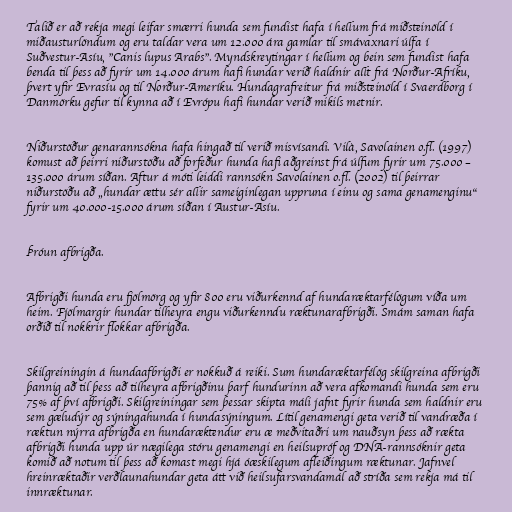
Talið er að rekja megi leifar smærri hunda sem fundist hafa í hellum frá miðsteinöld í
miðausturlöndum og eru taldar vera um 12.000 ára gamlar til smávaxnari úlfa í
Suðvestur-Asíu, "Canis lupus Arabs". Myndskreytingar í hellum og bein sem fundist hafa
benda til þess að fyrir um 14.000 árum hafi hundar verið haldnir allt frá Norður-Afríku,
þvert yfir Evrasíu og til Norður-Ameríku. Hundagrafreitur frá miðsteinöld í Svaerdborg í
Danmörku gefur til kynna að í Evrópu hafi hundar verið mikils metnir.

Niðurstöður genarannsókna hafa hingað til verið misvísandi. Vilà, Savolainen o.fl. (1997)
komust að þeirri niðurstöðu að forfeður hunda hafi aðgreinst frá úlfum fyrir um 75.000 –
135.000 árum síðan. Aftur á móti leiddi rannsókn Savolainen o.fl. (2002) til þeirrar
niðurstöðu að „hundar ættu sér allir sameiginlegan uppruna í einu og sama genamenginu“
fyrir um 40.000-15.000 árum síðan í Austur-Asíu.

Þróun afbrigða.

Afbrigði hunda eru fjölmörg og yfir 800 eru viðurkennd af hundaræktarfélögum víða um
heim. Fjölmargir hundar tilheyra engu viðurkenndu ræktunarafbrigði. Smám saman hafa
orðið til nokkrir flokkar afbrigða.

Skilgreiningin á hundaafbrigði er nokkuð á reiki. Sum hundaræktarfélög skilgreina afbrigði
þannig að til þess að tilheyra afbrigðinu þarf hundurinn að vera afkomandi hunda sem eru
75% af því afbrigði. Skilgreiningar sem þessar skipta máli jafnt fyrir hunda sem haldnir eru
sem gæludýr og sýningahunda í hundasýningum. Lítil genamengi geta verið til vandræða í
ræktun nýrra afbrigða en hundaræktendur eru æ meðvitaðri um nauðsyn þess að rækta
afbrigði hunda upp úr nægilega stóru genamengi en heilsupróf og DNA-rannsóknir geta
komið að notum til þess að komast megi hjá óæskilegum afleiðingum ræktunar. Jafnvel
hreinræktaðir verðlaunahundar geta átt við heilsufarsvandamál að stríða sem rekja má til
innræktunar.